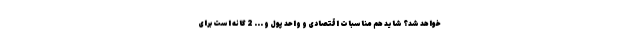
خواهد شد؟ شاید هم مناسبات اقتصادی و واحد پول و ... 2 گانه است برای